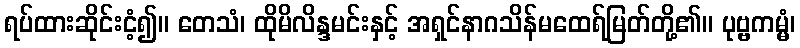
ရပ်ထားဆိုင်းငံ့၍။ တေသံ၊ ထိုမိလိန္ဒမင်းနှင့် အရှင်နာဂသိန်မထေရ်မြတ်တို့၏။ ပုဗ္ဗကမ္မံ၊